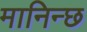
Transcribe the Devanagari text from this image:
मानिन्छ